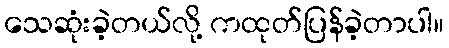
သေဆုံးခဲ့တယ်လို့ ကထုတ်ပြန်ခဲ့တာပါ။